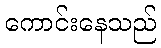
ကောင်းနေသည်